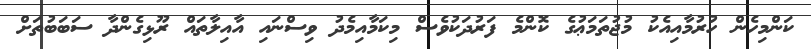
ކަންމިހެން ހުރުމާއިއެކު މުޖުތަމަޢުގެ ކޮންމެ ފަރުދަކުވެސް މިކަމާއިމެދު ވިސްނައި އާއިލާތައް ރޫޅިގެންދާ ސަބަބުތަށް